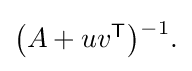
{\textstyle \left(A+uv^{\textsf {T}}\right){\vphantom {)}}^{\!-1}.}